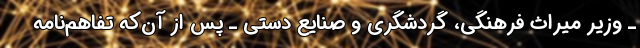
ـ وزیر میراث فرهنگی، گردشگری و صنایع دستی ـ پس از آن‌که تفاهم‌نامه